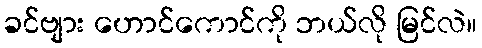
ခင်ဗျား ဟောင်ကောင်ကို ဘယ်လို မြင်လဲ။